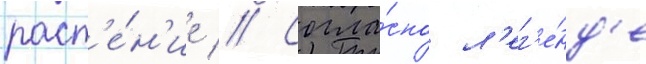
раст'е́н'ие // Согла́сно л'ег'е́нд'е